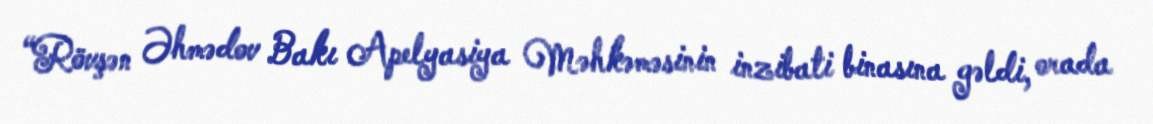
“Rövşən Əhmədov Bakı Apelyasiya Məhkəməsinin inzibati binasına gəldi, orada